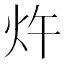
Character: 𰝿